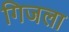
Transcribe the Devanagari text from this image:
गिजला